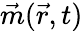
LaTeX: \vec{m}(\vec{r},t)